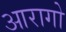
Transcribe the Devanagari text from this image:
आरागो